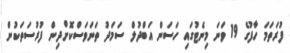
ފުރަތަމަ ހާފުގެ 19 ވަނަ މިނެޓުގައި ހަސަން އަބްދުލް ސަމަދު ތަނަވަސްކޮށްދިން ފުރުސަތަކުން